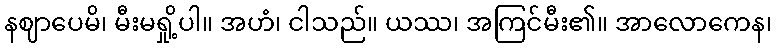
နဈာပေမိ၊ မီးမရှို့ပါ။ အဟံ၊ ငါသည်။ ယဿ၊ အကြင်မီး၏။ အာလောကေန၊